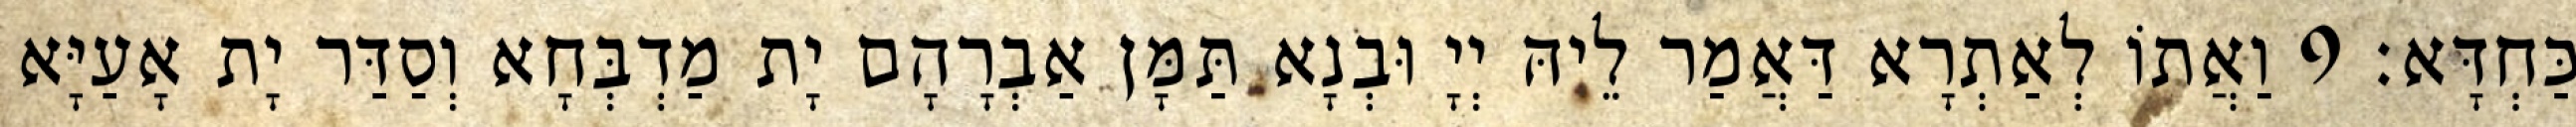
כַּחְדָּא׃ 9 וַאֲתוֹ לְאַתְרָא דַּאֲמַר לֵיהּ יְיָ וּבְנָא תַּמָּן אַבְרָהָם יָת מַדְבְּחָא וְסַדַּר יָת אָעַיָּא